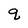
Character: q